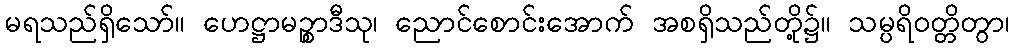
မရသည်ရှိသော်။ ဟေဋ္ဌာမဉ္စာဒီသု၊ ညောင်စောင်းအောက် အစရှိသည်တို့၌။ သမ္ပရိဝတ္တိတွာ၊